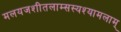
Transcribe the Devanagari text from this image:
मलयजशीतलाम्सस्यश्यामलाम्